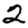
Digit: 2